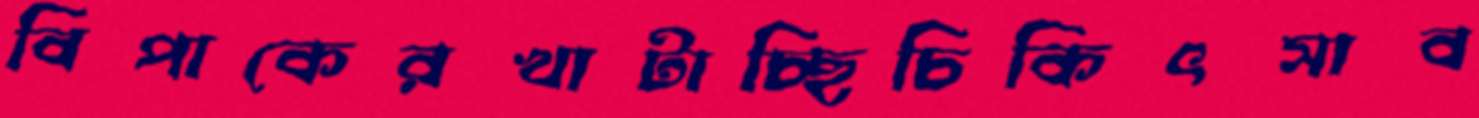
বিপাকেরখাটাচ্ছিচিকিৎসাব